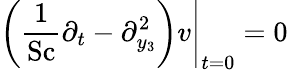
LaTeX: \left.\left(\frac{1}{\mathrm{Sc}}\partial_{t}-\partial_{y_{3}}^{2}\right)v\right|_{t=0}=0